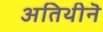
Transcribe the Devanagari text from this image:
अतिथीनॆ